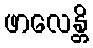
ဖာလေန္တိ